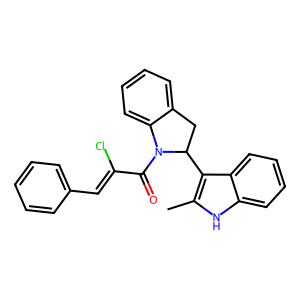
SMILES: Cc1[nH]c2ccccc2c1C1Cc2ccccc2N1C(=O)C(Cl)=Cc1ccccc1
Inhibits HIV replication: No